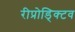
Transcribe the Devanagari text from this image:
रीप्रोड्क्टिव